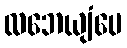
လဘေယျံပေ